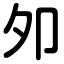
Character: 夘